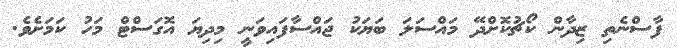
ފާސްނެތި ޒިދާން ކޯޗުކޮށްދޭ މައްސަލަ ބަޔަކު ޖައްސާފައިވަނީ މިދިޔަ އޮގަސްޓް މަހު ކަމަށެވެ.